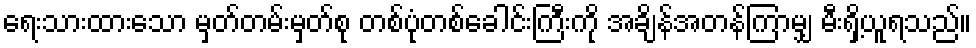
ရေးသားထားသော မှတ်တမ်းမှတ်စု တစ်ပုံတစ်ခေါင်းကြီးကို အချိန်အတန်ကြာမျှ မီးရှိ့ယူရသည်။